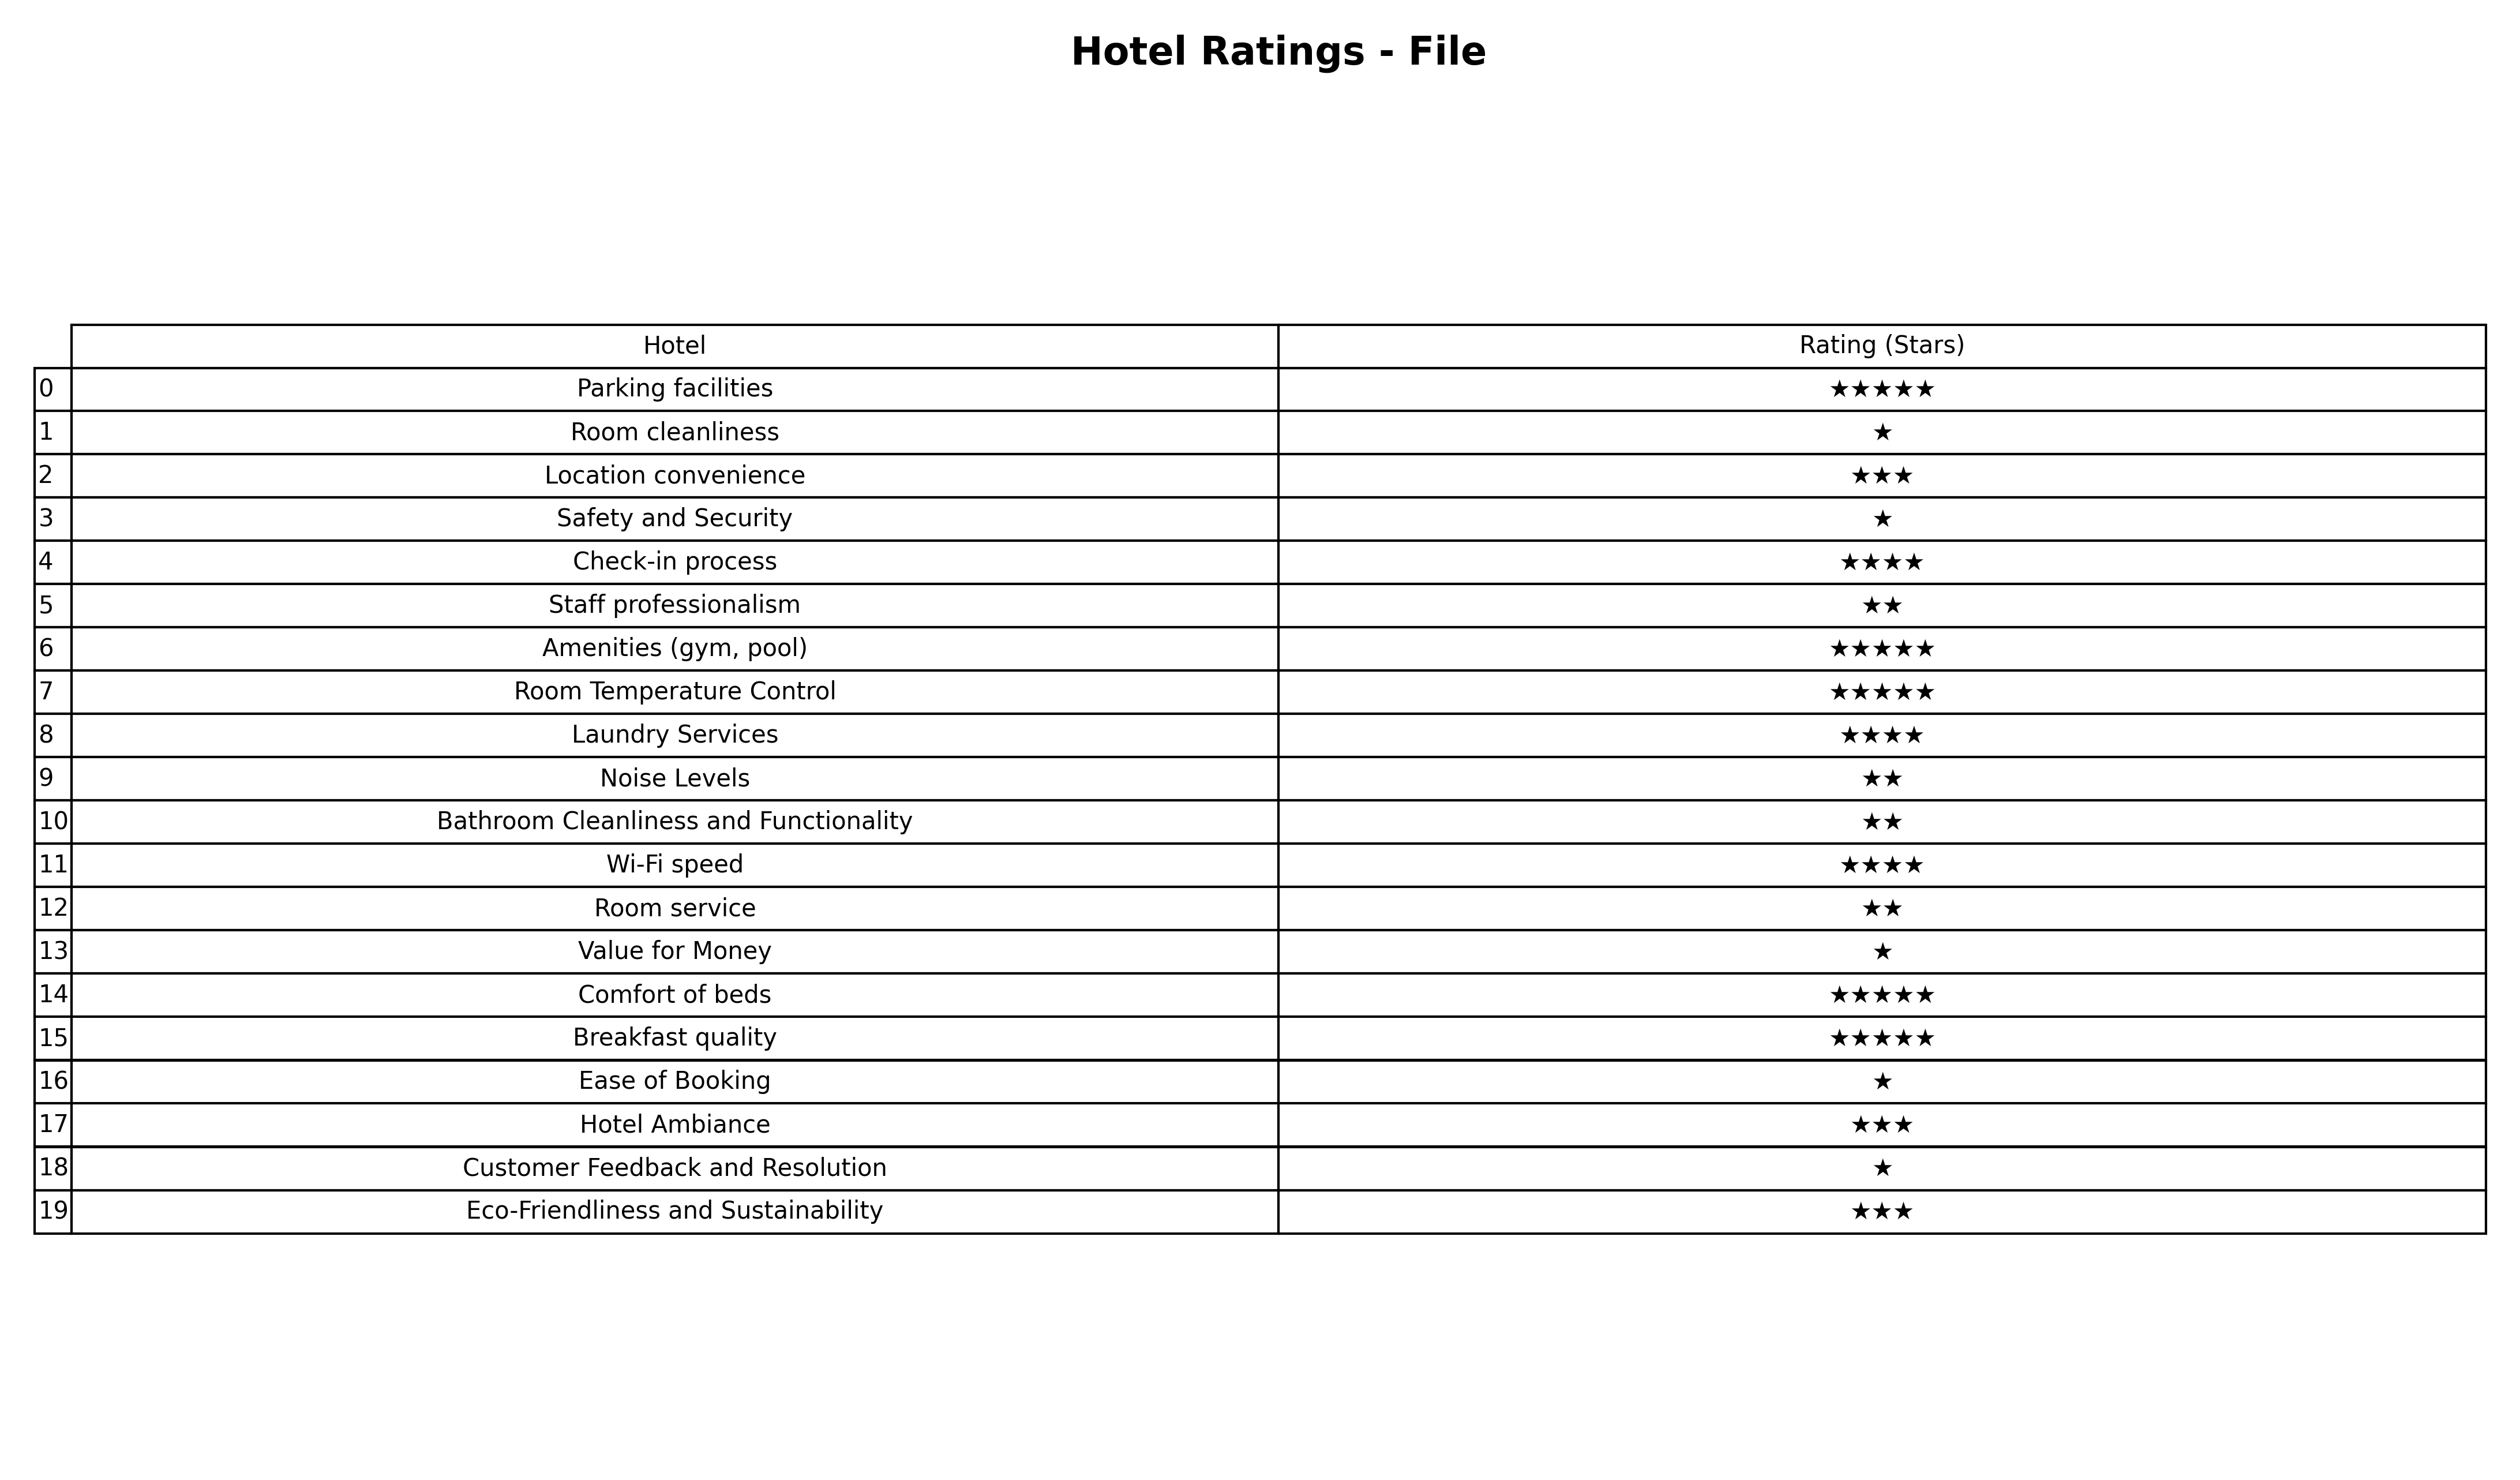
question: What are highest rating services?
answer: Parking facilitiesAmenities (gym, pool)Room Temperature ControlComfort of bedsBreakfast quality